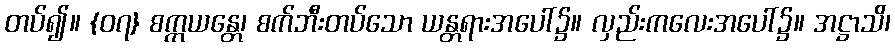
တပ်၍။ {၀၇} စက္ကယန္တေ၊ စက်ဘီးတပ်သော ယန္တရားအပေါ်၌။ လှည်းကလေးအပေါ်၌။ အဋ္ဌာသိ၊